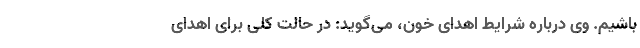
باشیم. وی درباره شرایط اهدای خون، می‌گوید: در حالت کلی برای اهدای